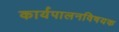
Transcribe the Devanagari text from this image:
कार्यपालनविषयक